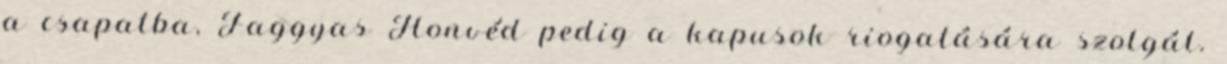
a csapatba, Faggyas Honvéd pedig a kapusok riogatására szolgál.